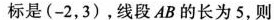
标是(-2，3)，线段AB的长为5，则